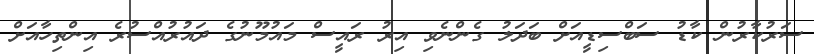
ސަރުކާރުން ކާޑު ސަބްސިޑީއަށް ބަދަލު ގެންނެވި އިރު ރައީސް މައުމޫނުގެ ދައުރުއްސުރެ އިންތިހާއަށް